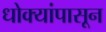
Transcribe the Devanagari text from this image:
धोक्यांपासून